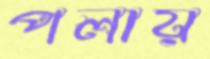
পলায়